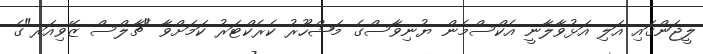
ލީޖަންގައި އަލި އަޅުވާލާނީ އެކްސްމެން ޔުނިވާސްގެ މަޝްހޫރު ކެރެކްޓަރު ކަމަށްވާ "ޗާލްސް ޒޭވިއަރ"ގެ